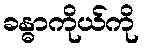
ခန္ဓာကိုယ်ကို